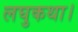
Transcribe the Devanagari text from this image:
लघुकथा।